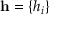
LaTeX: \mathbf { h } = \{ h _ { i } \}